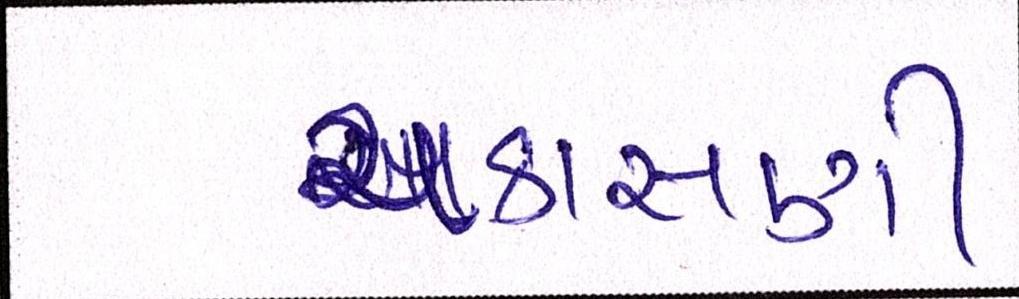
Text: ચકાસણી